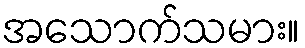
အသောက်သမား။